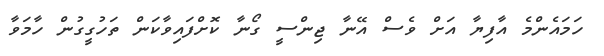
ހަމައެންމެ އާފިޔާ އަށް ވެސް އޭނާ ޖިންސީ ގޯނާ ކޮށްފައިވާކަން ތަހުގީގުން ހާމަވާ